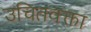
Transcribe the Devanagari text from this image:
उचितवक्ता